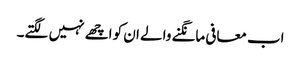
اب معافی مانگنے والے ان کو اچھے نہیں لگتے۔